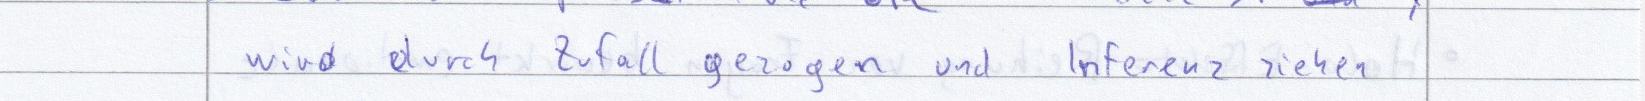
wird durch Zufall gezogen und Inferenz ziehen